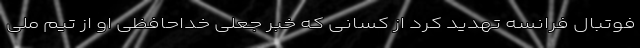
فوتبال فرانسه تهدید کرد از کسانی که خبر جعلی خداحافظی او از تیم ملی